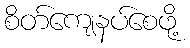
စိတ်ကျေနပ်စေဖို့